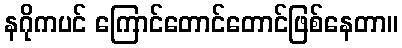
နဂိုကပင် ကြောင်တောင်တောင်ဖြစ်နေတာ။